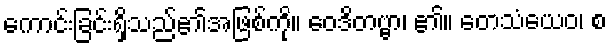
ကောင်းခြင်းရှိသည်၏အဖြစ်ကို။ ဝေဒိတဗ္ဗာ၊ ၏။ တေသံယေဝ၊ စ